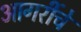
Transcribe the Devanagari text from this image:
आगरींचे